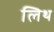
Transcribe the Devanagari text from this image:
लिथ